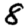
Digit: 8